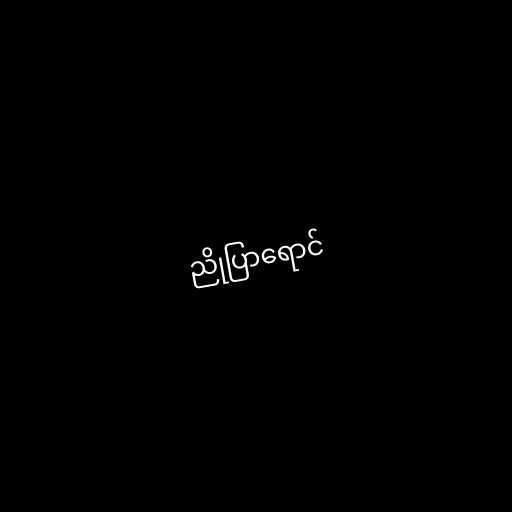
ညိုပြာရောင်